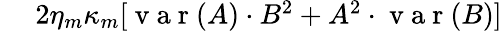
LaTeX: \begin{array}{rl}{~}&{{}2\eta_{m}\kappa_{m}[\mathrm{~v~a~r~}(A)\cdot B^{2}+A^{2}\cdot\mathrm{~v~a~r~}(B)]}\end{array}